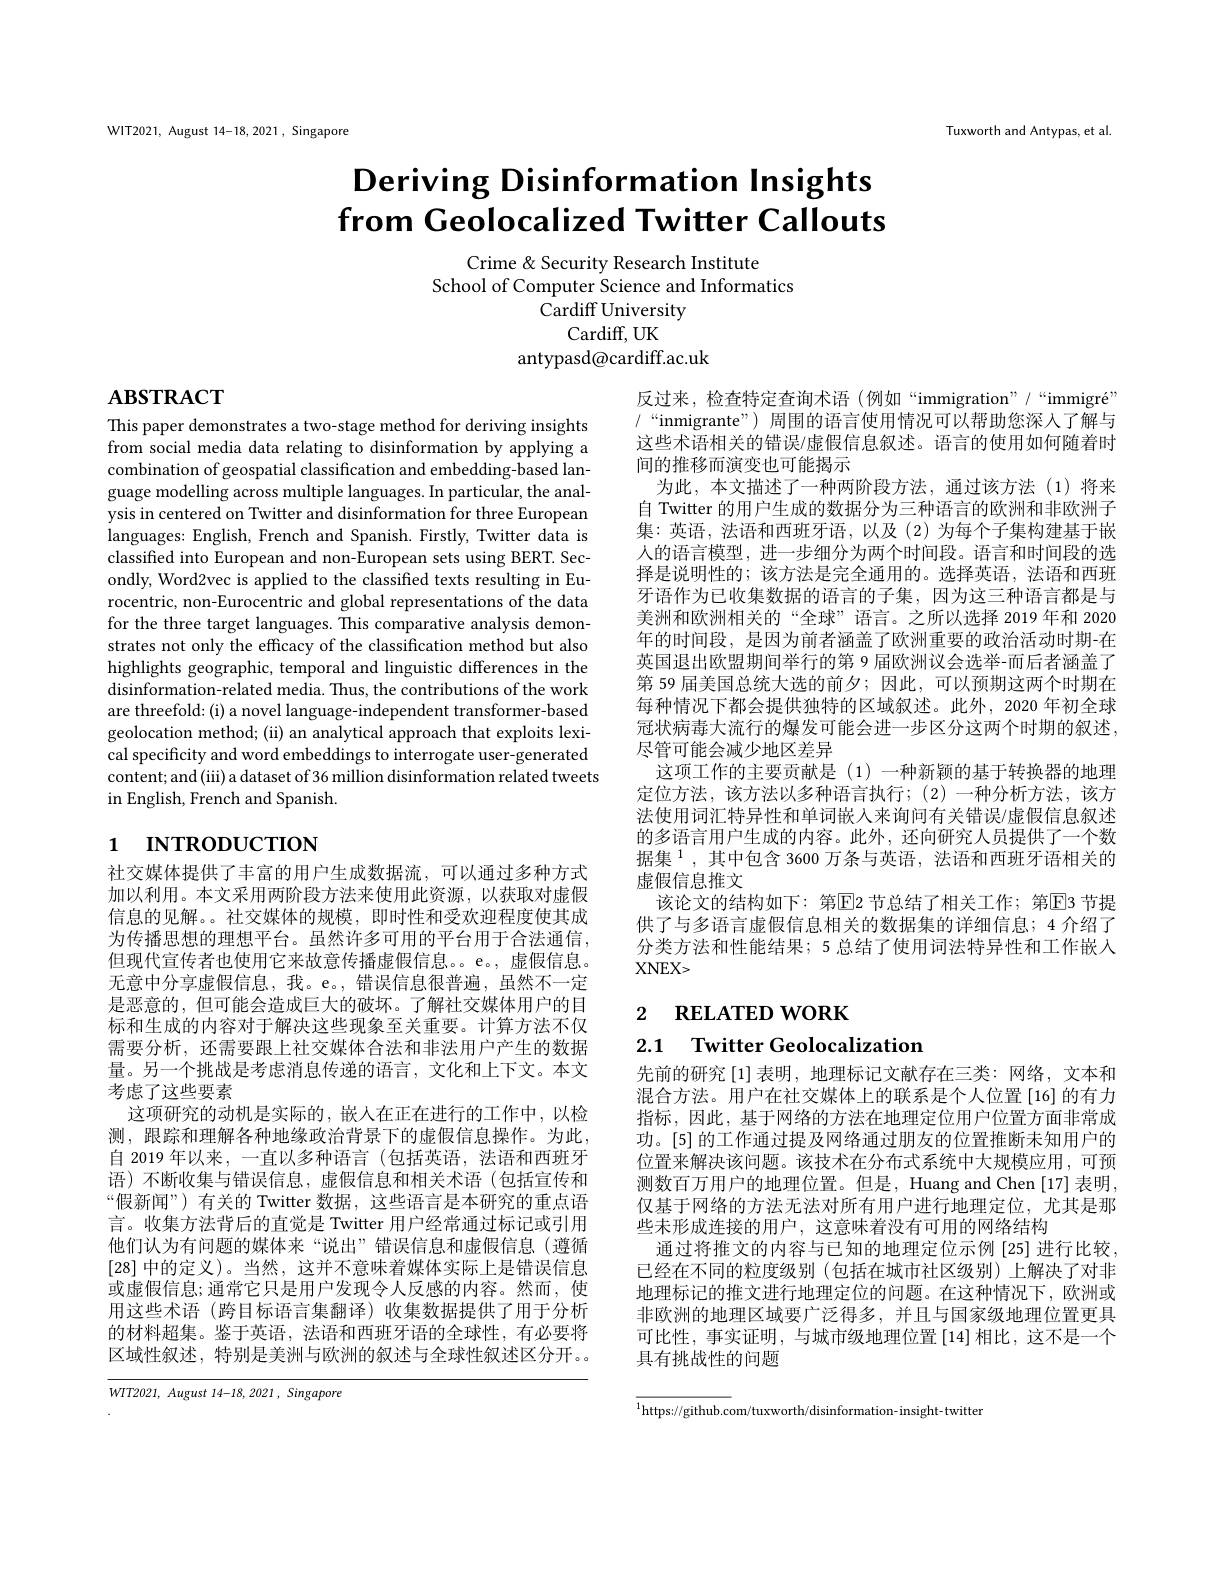
WIT2021, August 14-18,2021, Singapore

Tuxworth and Antypas, et al

# Deriving Disinformation Insights from Geolocalized Twitter Callouts

Crime & Security Research Institute
School of Computer Science and Informatics
Cardiff University
Cardiff, UK
antypasd@cardiff.ac.uk

# $ABSTRACT$

This paper demonstrates a two-stage method for deriving insights from social media data relating to disinformation by applying a combination of geospatial classification and embedding-based language modelling across multiple languages. In particular, the analysis in centered on Twitter and disinformation for three European languages: English, French and Spanish. Firstly, Twitter data is classified into European and non-European sets using BERT. Secondly, Word2vec is applied to the classified texts resulting in Eurocentric, non-Eurocentric and global representations of the data for the three target languages. This comparative analysis demonstrates not only the efficacy of the classification method but also highlights geographic, temporal and linguistic differences in the disinformation-related media. Thus, the contributions of the work are threefold: (i) a novel language-independent transformer-based geolocation method; (ii) an analytical approach that exploits lexical specificity and word embeddings to interrogate user-generated content; and (iii) a dataset of 36 million disinformation related tweets in English, French and Spanish.

# 1 INTRODUCTION

社交媒体提供了丰富的用户生成数据流，可以通过多种方式加以利用。本文采用两阶段方法来使用此资源，以获取对虚假信息的见解。。社交媒体的规模，即时性和受欢迎程度使其成为传播思想的理想平台。虽然许多可用的平台用于合法通信， 但现代宣传者也使用它来故意传播虚假信息。e。,虚假信息。无意中分享虚假信息，我。e。,错误信息很普遍，虽然不一定是恶意的，但可能会造成巨大的破坏。了解社交媒体用户的目标和生成的内容对于解决这些现象至关重要。计算方法不仅需要分析，还需要跟上社交媒体合法和非法用户产生的数据量。另一个挑战是考虑消息传递的语言，文化和上下文。本文考虑了这些要素
这项研究的动机是实际的，嵌人在正在进行的工作中，以检测，跟踪和理解各种地缘政治背景下的虚假信息操作。为此， 自 2019 年以来 , 一直以多种语言 (包括英语，法语和西班牙语)不断收集与错误信息，虚假信息和相关术语(包括宣传和“假新闻”) 有关的 Twitter 数据，这些语言是本研究的重点语言。收集方法背后的直觉是 Twitter 用户经常通过标记或引用他们认为有问题的媒体来“说出”错误信息和虚假信息(遵循[28]中的定义)。当然，这并不意味着媒体实际上是错误信息或虚假信息；通常它只是用户发现令人反感的内容。然而，使用这些术语 (跨目标语言集翻译)收集数据提供了用于分析的材料超集。鉴于英语，法语和西班牙语的全球性，有必要将区域性叙述，特别是美洲与欧洲的叙述与全球性叙述区分开。

$WTT2021$, August 14-18,2021, Singapore

反过来，检查特定查询术语 (例如“immigration”/“immigré" /“inmigrante”) 周围的语言使用情况可以帮助您深入了解与这些术语相关的错误/虚假信息叙述。语言的使用如何随着时间的推移而演变也可能揭示
为此，本文描述了一种两阶段方法，通过该方法(1)将来自 Twitter 的用户生成的数据分为三种语言的欧洲和非欧洲子集：英语，法语和西班牙语，以及(2)为每个子集构建基于嵌人的语言模型，进一步细分为两个时间段。语言和时间段的选择是说明性的；该方法是完全通用的。选择英语，法语和西班牙语作为已收集数据的语言的子集，因为这三种语言都是与美洲和欧洲相关的“全球”语言。之所以选择 2019 年和 2020年的时间段，是因为前者涵盖了欧洲重要的政治活动时期-在英国退出欧盟期间举行的第 9 届欧洲议会选举-而后者涵盖了第 59 届美国总统大选的前夕；因此，可以预期这两个时期在每种情况下都会提供独特的区域叙述。此外，2020 年初全球冠状病毒大流行的爆发可能会进一步区分这两个时期的叙述， 尽管可能会减少地区差异
这项工作的主要贡献是(1)一种新颖的基于转换器的地理定位方法，该方法以多种语言执行；(2)一种分析方法，该方法使用词汇特异性和单词嵌人来询问有关错误/虚假信息叙述的多语言用户生成的内容。此外，还向研究人员提供了一个数据集$^{1}$,其中包含 3600 万条与英语，法语和西班牙语相关的虚假信息推文
该论文的结构如下：第$\mathbb{E}$2 节总结了相关工作；第☑3 节提供了与多语言虚假信息相关的数据集的详细信息；4 介绍了分类方法和性能结果；5 总结了使用词法特异性和工作嵌入$XNEX>$

# 2 RELATED WORK 2.1 Twitter Geolocalization

先前的研究[1]表明 ,地理标记文献存在三类：网络，文本和混合方法。用户在社交媒体上的联系是个人位置[16]的有力指标，因此，基于网络的方法在地理定位用户位置方面非常成功。[5]的工作通过提及网络通过朋友的位置推断未知用户的位置来解决该问题。该技术在分布式系统中大规模应用，可预测数百万用户的地理位置。但是，Huang and Chen [17] 表明仅基于网络的方法无法对所有用户进行地理定位，尤其是那些未形成连接的用户，这意味着没有可用的网络结构
通过将推文的内容与已知的地理定位示例 [25] 进行比较， 已经在不同的粒度级别 (包括在城市社区级别)上解决了对非地理标记的推文进行地理定位的问题。在这种情况下，欧洲或非欧洲的地理区域要广泛得多，并且与国家级地理位置更具可比性，事实证明，与城市级地理位置[14]相比，这不是一个具有挑战性的问题

$^{1}$https://github.com/tuxworth/disinformation-insight-twitter